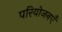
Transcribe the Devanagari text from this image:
परियोजनएँ